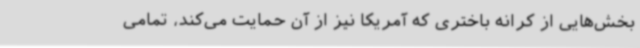
بخش‌هایی از کرانه باختری که آمریکا نیز از آن حمایت می‌کند، تمامی